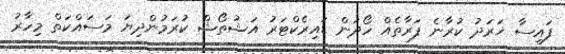
ފައިސާ ޚަރަދު ކުރާނެ ފަރާތެއް ހޯދަން ޑައިރެކްޓަރު އަޝުތޯޝް ކުރަމުންދިޔަ މަސައްކަތް މިހާރު